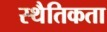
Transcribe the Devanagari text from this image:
स्थैतिकता